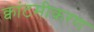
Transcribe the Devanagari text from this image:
क्वांटमीकरण